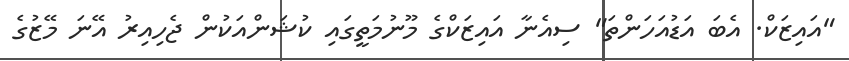
"އައިޒަކް. އެބަ އަޑުއަހަންތަ" ސިއެނާ އައިޒަކްގެ މޫނުމަތީގައި ކުޝަންއަކުން ޖެހިއިރު އޭނަ މޭޒުގެ